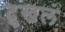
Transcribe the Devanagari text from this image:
दुखलं